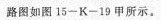
路图如图15-K-19甲所示